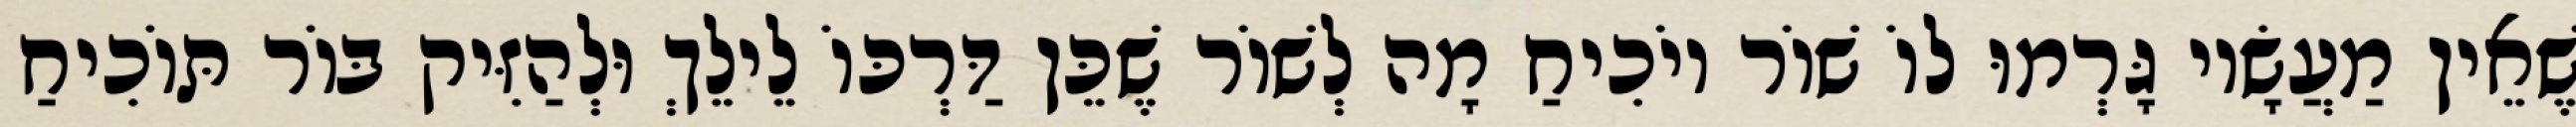
שֶׁאֵין מַעֲשָׂיו גָּרְמוּ לוֹ שׁוֹר יוֹכִיחַ מָה לְשׁוֹר שֶׁכֵּן דַּרְכּוֹ לֵילֵךְ וּלְהַזִּיק בּוֹר תּוֹכִיחַ